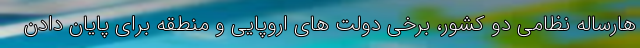
هارساله نظامی دو کشور، برخی دولت های اروپایی و منطقه برای پایان دادن